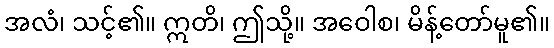
အလံ၊ သင့်၏။ ဣတိ၊ ဤသို့။ အဝေါစ၊ မိန့်တော်မူ၏။